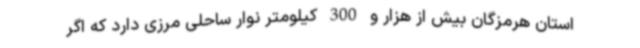
استان هرمزگان بیش از هزار و 300 کیلومتر نوار ساحلی مرزی دارد که اگر